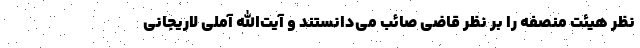
نظر هیئت منصفه را بر نظر قاضی صائب می‌دانستند و آیت‌الله آملی لاریجانی